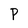
Character: P